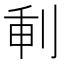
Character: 𠜕